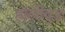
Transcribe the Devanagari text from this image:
हॉलीवुड़